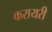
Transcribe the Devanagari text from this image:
करायरी